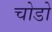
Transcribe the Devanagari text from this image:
चोडो